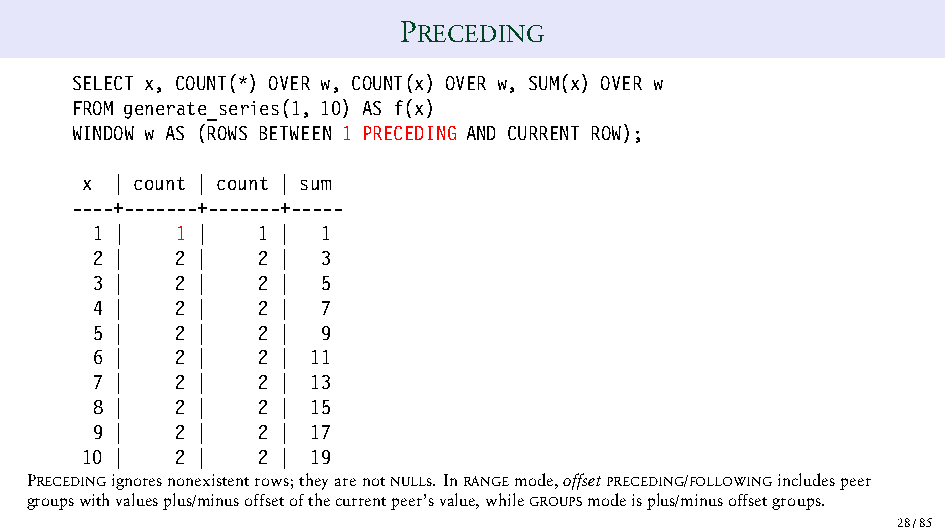
PRECEDING
 SELECT x, COUNT(*) OVER w, COUNT(x) OVER w, SUM(x) OVER w
 FROM generate_series(1, 10) AS f(x)
 WINDOW w AS (ROWS BETWEEN 1 PRECEDING AND CURRENT ROW);
 x  | count | count | sum
 ----+-------+-------+-----
 1 |   1 |  1 | 1
 2 |   2 |  2 | 3
 3 |   2 |  2 | 5
 4 |   2 |  2 | 7
 5 |   2 |  2 | 9
 6 |   2 |  2 | 11
 7 |   2 |  2 | 13
 8 |   2 |  2 | 15
 9 |   2 |  2 | 17
 10 |   2 |  2 | 19
 PRECEDINGignoresnonexistentrows;theyarenotNULLs.InRANGEmode,offsetPRECEDING/FOLLOWINGincludespeer
 groupswithvaluesplus/minusoffsetofthecurrentpeer’svalue,whileGROUPSmodeisplus/minusoffsetgroups.
 28/85